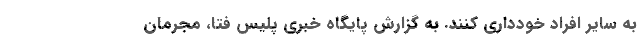
به سایر افراد خودداری کنند. به گزارش پایگاه خبری پلیس فتا، مجرمان